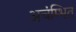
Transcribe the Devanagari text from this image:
अचंम्भित